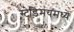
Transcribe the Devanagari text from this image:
स्टेडिमयमध्ये